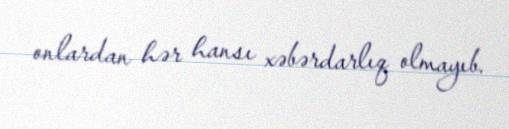
onlardan hər hansı xəbərdarlıq olmayıb.